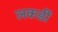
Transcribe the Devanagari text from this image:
लकडीं